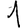
Digit: 1